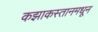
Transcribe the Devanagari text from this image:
कझाकस्तानमधून